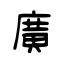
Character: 廣